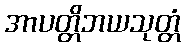
အာပတ္တိဘယသုတ္တံ